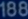
888